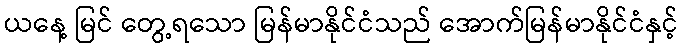
ယနေ့ မြင် တွေ့ရသော မြန်မာနိုင်ငံသည် အောက်မြန်မာနိုင်ငံနှင့်